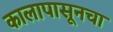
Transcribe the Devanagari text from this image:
कालापासूनचा